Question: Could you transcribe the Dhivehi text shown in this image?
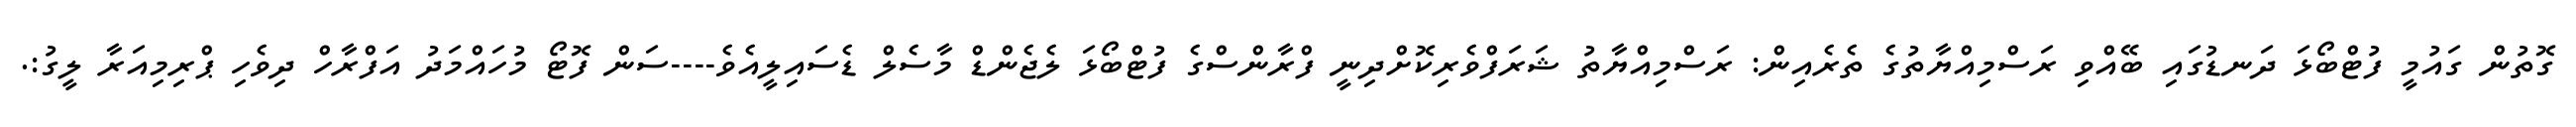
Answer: ގޮތުން ގައުމީ ފުޓްބޯޅަ ދަނޑުގައި ބޭއްވި ރަސްމިއްޔާތުގެ ތެރެއިން: ރަސްމިއްޔާތު ޝަރަފްވެރިކޮށްދިނީ ފްރާންސްގެ ފުޓްބޯޅަ ލެޖެންޑް މާސެލް ޑެސައިލީއެވެ----ސަން ފޮޓޯ މުހައްމަދު އަފްރާހް ދިވެހި ޕްރިމިއަރާ ލީގު:.